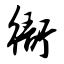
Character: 衙